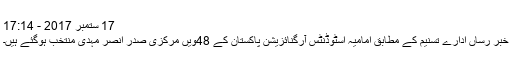
17 ستمبر 2017 - 17:14
خبر رساں ادارے تسنیم کے مطابق امامیہ اسٹوڈنٹس آرگنائزیشن پاکستان کے 48ویں مرکزی صدر انصر مہدی منتخب ہوگئے ہیں۔